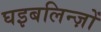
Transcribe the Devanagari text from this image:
घइबलिन्ज़ों